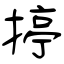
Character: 揨